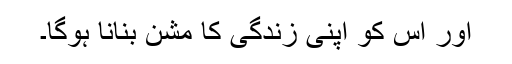
اور اس کو اپنی زندگی کا مشن بنانا ہوگا۔